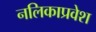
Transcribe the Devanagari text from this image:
नलिकाप्रवेश